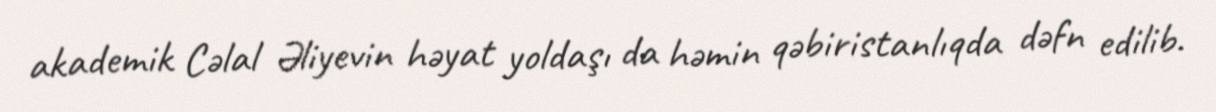
akademik Cəlal Əliyevin həyat yoldaşı da həmin qəbiristanlıqda dəfn edilib.